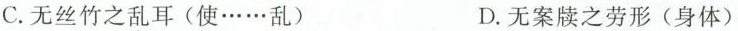
C.无丝竹之乱耳(使……乱) D.无案牍之劳形(身体)